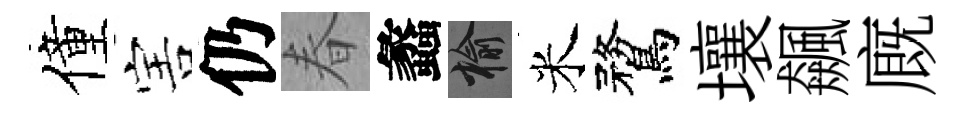
僮害仍春蠡榆米鶩壤飆廐